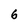
Character: 6